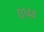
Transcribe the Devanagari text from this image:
०१४४